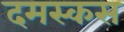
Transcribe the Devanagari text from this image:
दमस्कस